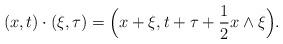
LaTeX: \begin{align*} (x,t)\cdot (\xi,\tau)=\Bigl(x+\xi, t+\tau+\frac 12 x\wedge\xi\Bigr). \end{align*}